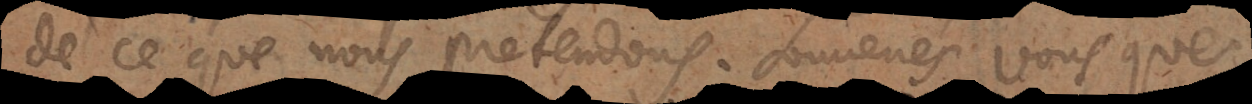
de ce que nous pretendons. Souvenés vous que